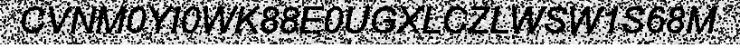
CVNM0YI0WK88E0UGXLCZLWSW1S68M